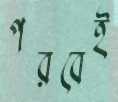
পরবেই